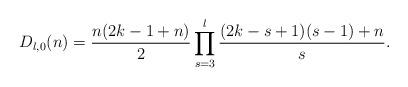
LaTeX: \begin{align*}D_{l,0}(n) = \frac{n(2k-1+n)}{2} \prod_{s=3}^l\frac{(2k-s+1)(s-1)+n}{s}.\end{align*}